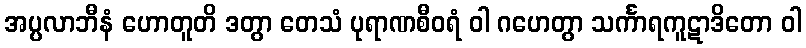
အပ္ပလာဘီနံ ဟောတူတိ ဒတွာ တေသံ ပုရာဏစီဝရံ ဝါ ဂဟေတွာ သင်္ကာရကူဋာဒိတော ဝါ